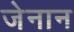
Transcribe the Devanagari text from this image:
जेनान